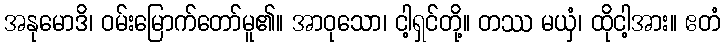
အနုမောဒိ၊ ဝမ်းမြောက်တော်မူ၏။ အာဝုသော၊ ငါ့ရှင်တို့။ တဿ မယှံ၊ ထိုငါ့အား။ ဧတံ